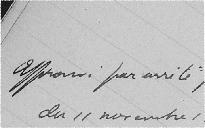
Approuvé par arrêté préfectoral du 11 novembre 1913